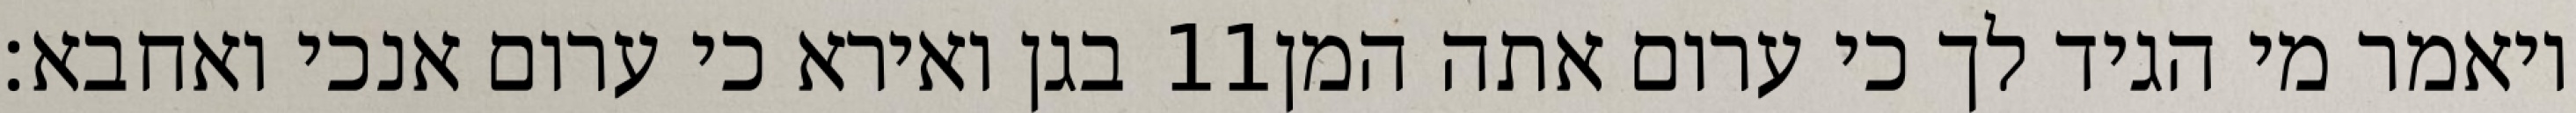
בגן ואירא כי ערום אנכי ואחבא׃ ‎11‏ ויאמר מי הגיד לך כי ערום אתה המן